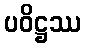
ပဝိဋ္ဌဿ